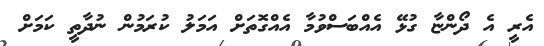
އެރީ އެ ދޯންޏާ ގުޅޭ އެއްބަސްވުމާ އެއްގޮތަށް އަމަލު ކުރަމުން ނުދާތީ ކަމަށް